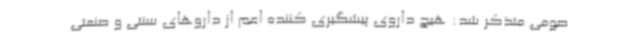
صومی متذکر شد: هیچ داروی پیشگیری کننده اعم از داروهای سنتی و صنعتی